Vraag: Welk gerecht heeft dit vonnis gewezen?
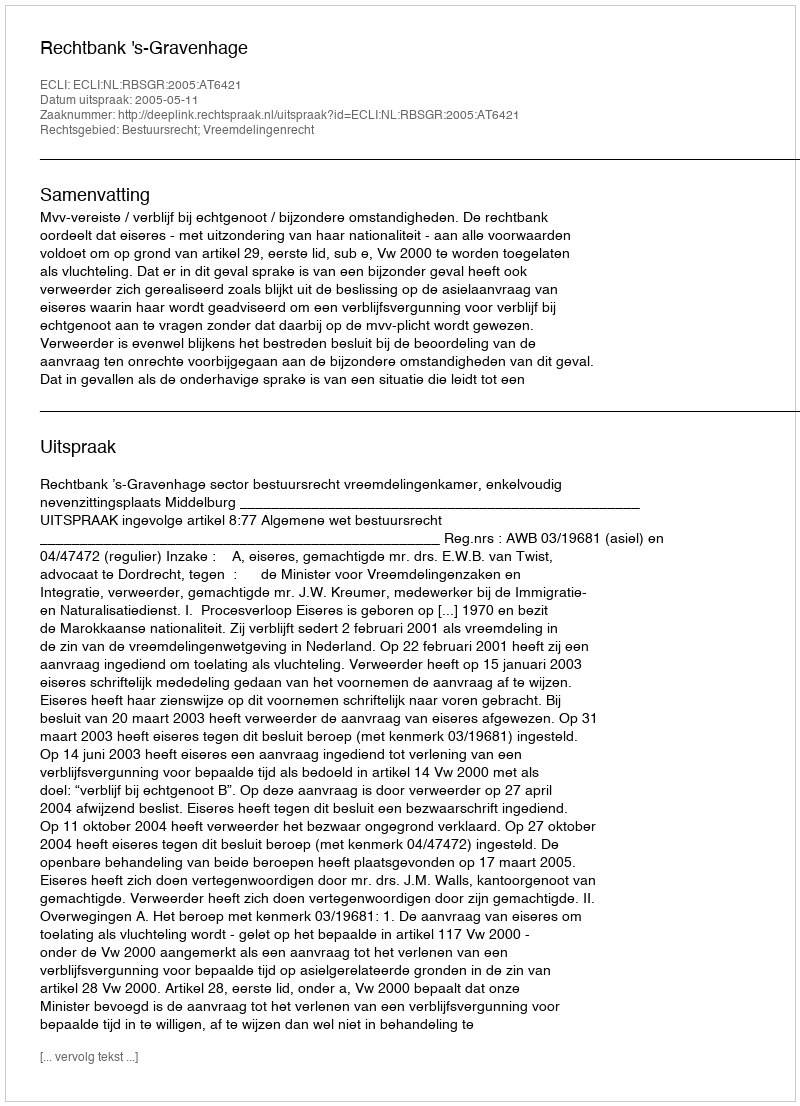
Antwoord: Rechtbank 's-Gravenhage